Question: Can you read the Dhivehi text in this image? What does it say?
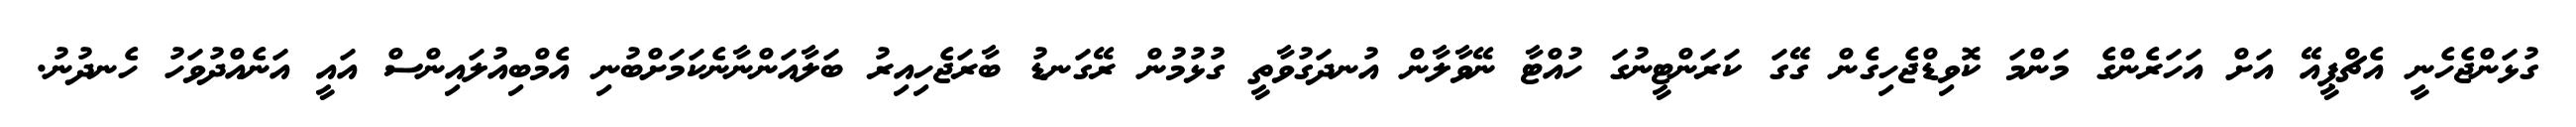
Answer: ގުޅަންޖެހެނީ އެޗްޕީއޭ އަށް އަހަރެންގެ މަންމަ ކޮވިޑްޖެހިގެން ގޭގަ ކަރަންޓީނުގަ ހުއްޓާ ނޭވާލާން އުނދަގުވާތީ ގުޅުމުން ރޭގަނޑު ބާރަޖެހިއިރު ބަލާއަންނާނެކަމަށްބުނި އެމްބިއުލައިންސް އައީ އަނެއްދުވަހު ހެނދުނު.